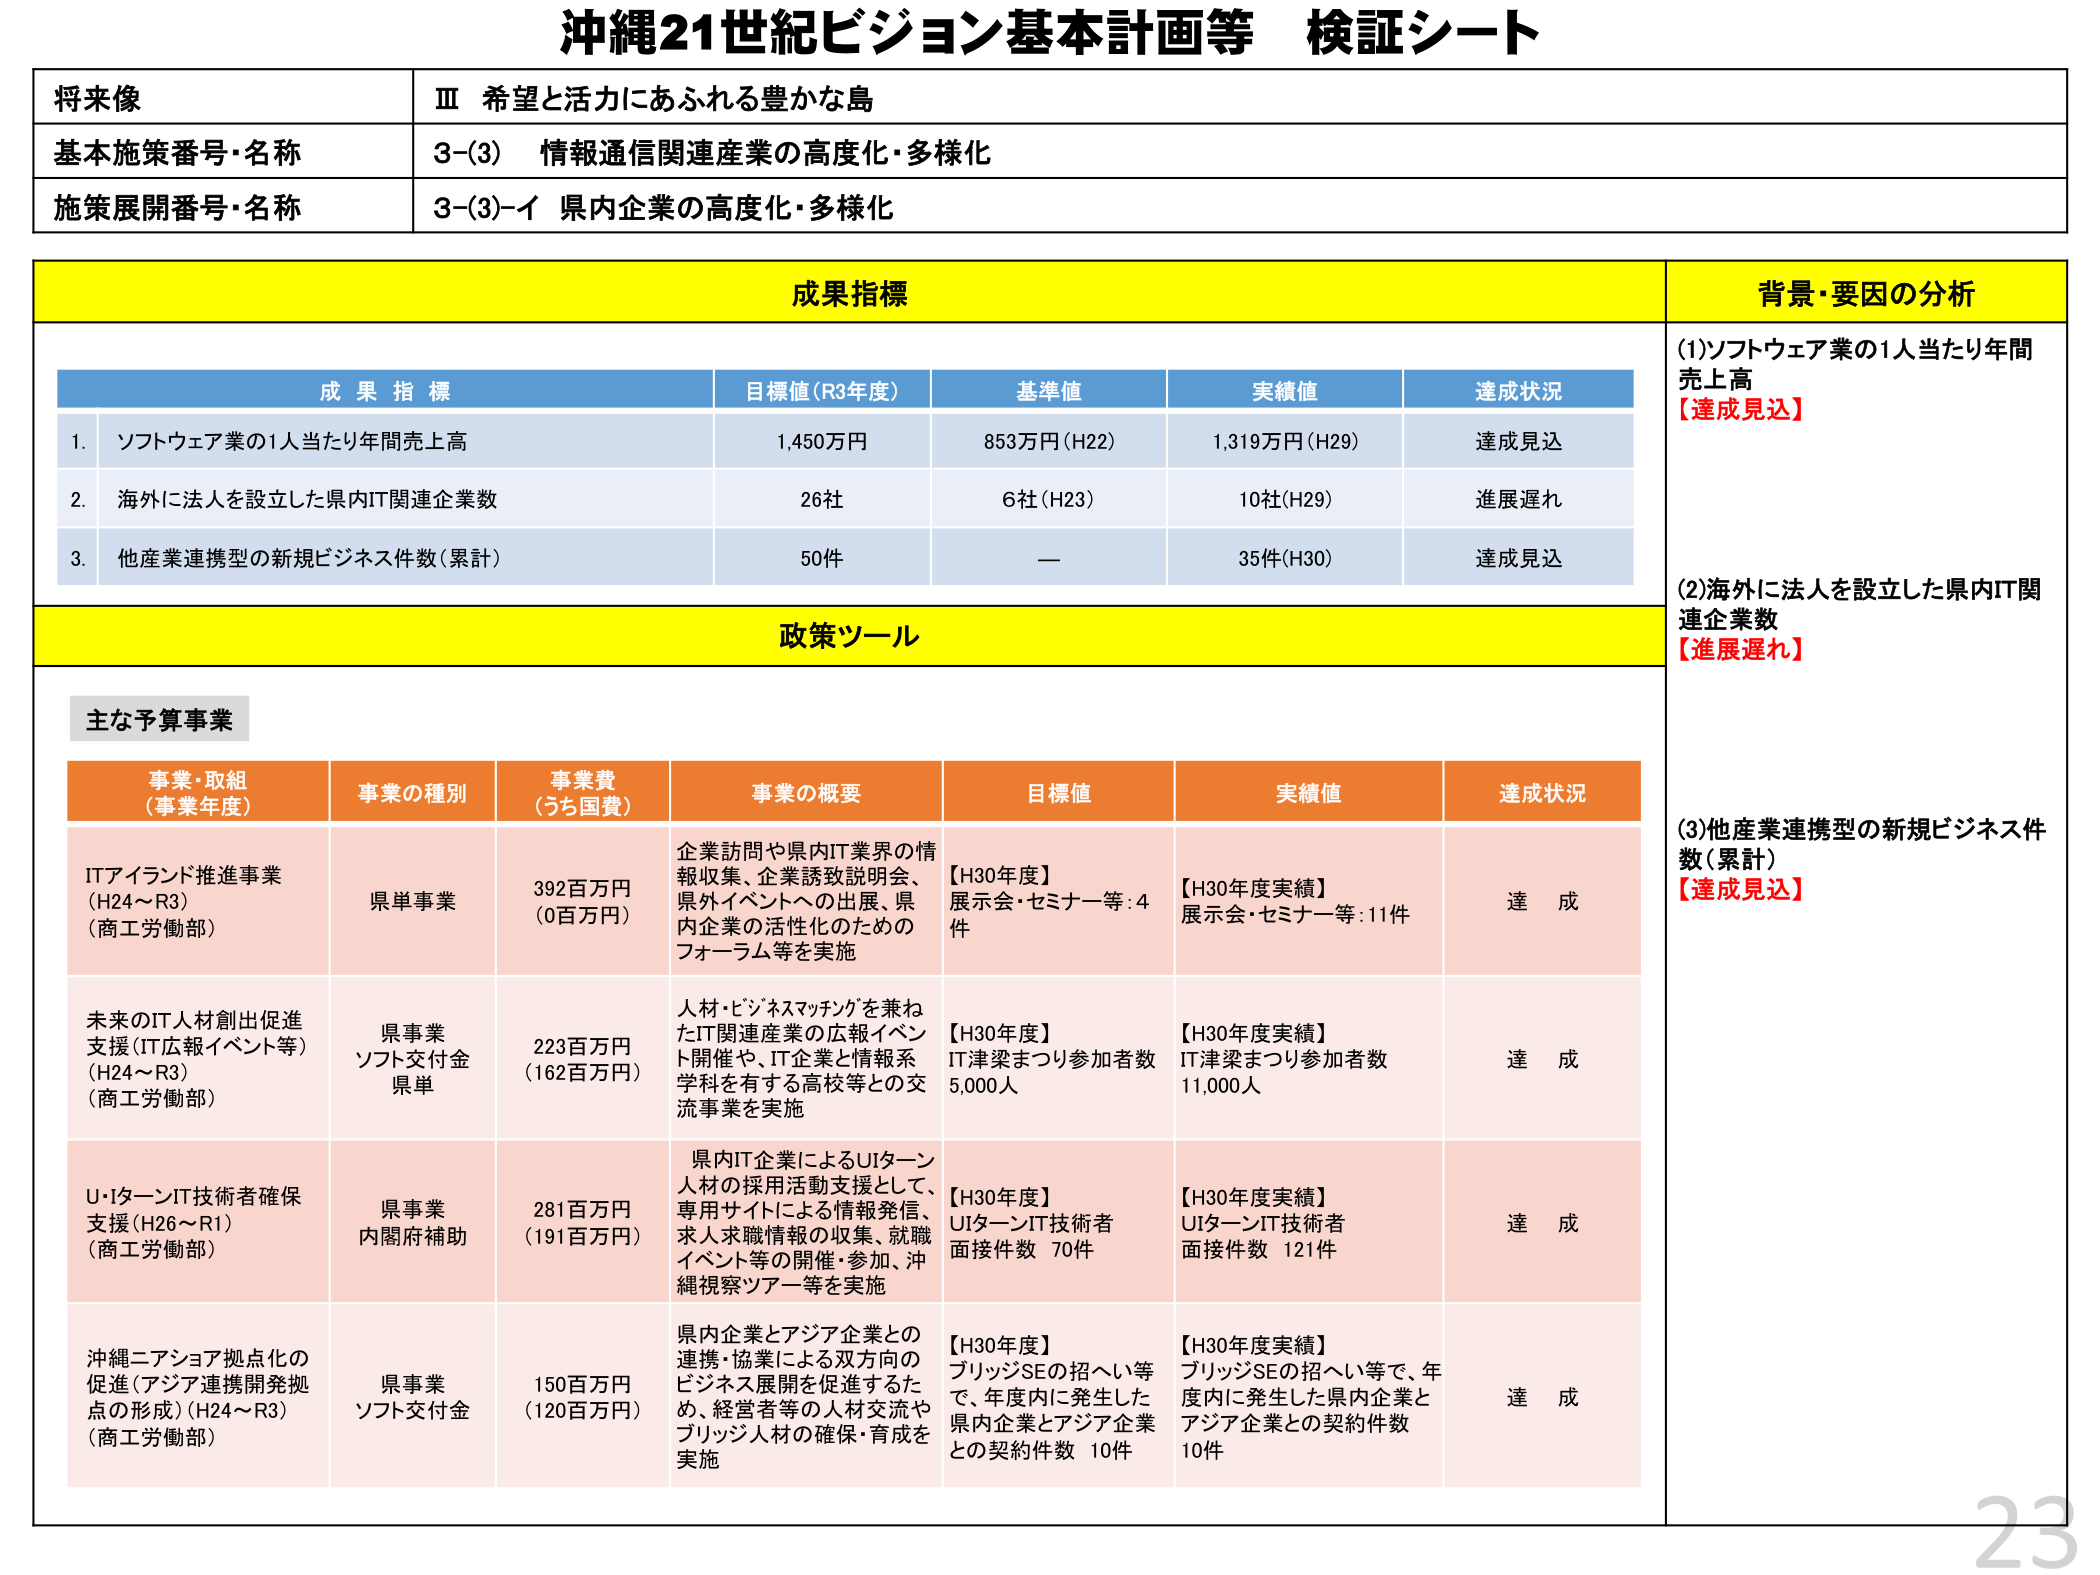
沖縄21世紀ビジョン基本計画等 検証シート

将来像
Ⅲ 希望と活力にあふれる豊かな島

基本施策番号・名称
3-(3) 情報通信関連産業の高度化・多様化

施策展開番号・名称
3-(3)-イ 県内企業の高度化・多様化

成果指標
背景・要因の分析

成果指標
目標値(R3年度)
基準値
実績値
達成状況

1. ソフトウェア業の1人当たり年間売上高
1,450万円
853万円(H22)
1,319万円(H29)
達成見込

2. 海外に法人を設立した県内IT関連企業数
26社
6社(H23)
10社(H29)
進展遅れ

3. 他産業連携型の新規ビジネス件数(累計)
50件
ー
35件(H30)
達成見込

政策ツール

主な予算事業

事業・取組
(事業年度)
事業の種別
事業費
(うち国費)
事業の概要
目標値
実績値
達成状況

ITアイランド推進事業
(H24～R3)
(商工労働部)
県単事業
392百万円
(0百万円)
企業訪問や県内IT業界の情報収集、企業誘致説明会、県外イベントへの出展、県内企業の活性化のためのフォーラム等を実施
【H30年度】
展示会・セミナー等:4件
【H30年度実績】
展示会・セミナー等:11件
達成

未来のIT人材創出促進支援(IT広報イベント等)
(H24～R3)
(商工労働部)
県事業
ソフト交付金
県単
223百万円
(162百万円)
人材・ビジネスマッチングを兼ねたIT関連産業の広報イベント開催や、IT企業と情報系学科を有する高校等との交流事業を実施
【H30年度】
IT津梁まつり参加者数 5,000人
【H30年度実績】
IT津梁まつり参加者数 11,000人
達成

U・IターンIT技術者確保支援(H26～R1)
(商工労働部)
県事業
内閣府補助
281百万円
(191百万円)
県内IT企業によるUIターン人材の採用活動支援として、専用サイトによる情報発信、求人求職情報の収集、就職イベント等の開催・参加、沖縄視察ツアー等を実施
【H30年度】
UIターンIT技術者面接件数 70件
【H30年度実績】
UIターンIT技術者面接件数 121件
達成

沖縄二アショア拠点化の促進(アジア連携開発拠点の形成)(H24～R3)
(商工労働部)
県事業
ソフト交付金
150百万円
(120百万円)
県内企業とアジア企業との連携・協業による双方向のビジネス展開を促進するため、経営者等の人材交流やブリッジ人材の確保・育成を実施
【H30年度】
ブリッジSEの招へい等で、年度内に発生した県内企業とアジア企業との契約件数 10件
【H30年度実績】
ブリッジSEの招へい等で、年度内に発生した県内企業とアジア企業との契約件数 10件
達成

(1)ソフトウェア業の1人当たり年間売上高
【達成見込】

(2)海外に法人を設立した県内IT関連企業数
【進展遅れ】

(3)他産業連携型の新規ビジネス件数(累計)
【達成見込】

23